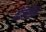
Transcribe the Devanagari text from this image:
मैत्रिणीवर